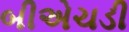
બીએચડી